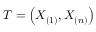
T = \left( X _ { ( 1 ) } , X _ { ( n ) } \right)